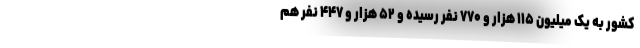
کشور به یک میلیون ۱۱۵ هزار و ۷۷۰ نفر رسیده و ۵۲ هزار و ۴۴۷ نفر هم